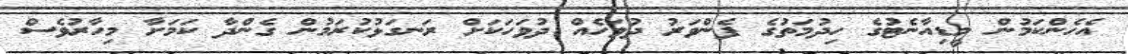
އެހެންކަމުން މީޑިއާނެޓުގެ ހިދުމަތުގެ ފެންވަރު ދުވަހެއް ދުވަހަކަށް ރަނގަޅުކުރަމުން ގެންދާ ކަމަށާ މިހާރުވެސް